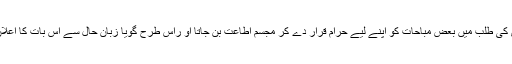
اِس میں بندہ اپنے پروردگار کے حکم پراور اُس کی رضا اور خوشنودی کی طلب میں بعض مباحات کو اپنے لیے حرام قرار دے کر مجسم اطاعت بن جاتا او راِس طرح گویا زبان حال سے اِس بات کا اعلان کرتا ہے کہ اللہ تعالیٰ اور اُس کے حکم سے بڑی کوئی چیز نہیں ہے۔